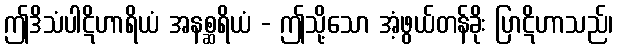
ဤဒိသံပါဋိဟာရိယံ အနစ္ဆရိယံ - ဤသို့သော အံ့ဖွယ်တန်ခိုး ပြာဋိဟာသည်၊